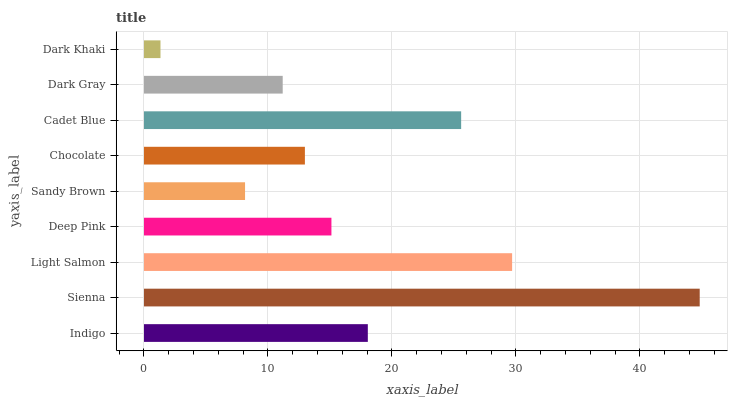
| yaxis_label | bars |
 | --- | --- |
 | Indigo | 18.1 |
 | Sienna | 44.8 |
 | Light Salmon | 29.7 |
 | Deep Pink | 15.1 |
 | Sandy Brown | 8.15 |
 | Chocolate | 13 |
 | Cadet Blue | 25.6 |
 | Dark Gray | 11.2 |
 | Dark Khaki | 1.33 |